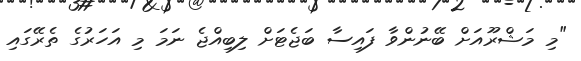
"މި މަޝްރޫއަށް ބޭނުންވާ ފައިސާ ބަޖެޓަށް ލިބިއްޖެ ނަމަ މި އަހަރުގެ ތެރޭގައި